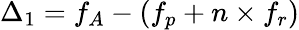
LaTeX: \Delta_{1}=f_{A}-(f_{p}+n\times f_{r})